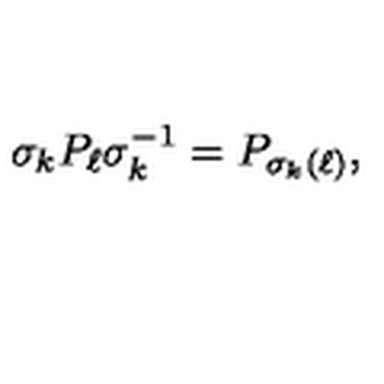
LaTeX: \sigma _ { k } P _ { \ell } \sigma _ { k } ^ { - 1 } = P _ { \sigma _ { k } ( \ell ) } ,